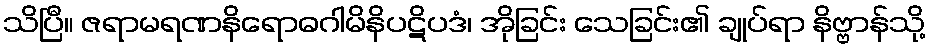
သိပြီ။ ဇရာမရဏနိရောဓဂါမိနိပဋိပဒံ၊ အိုခြင်း သေခြင်း၏ ချုပ်ရာ နိဗ္ဗာန်သို့